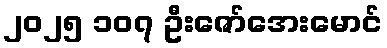
၂၀၂၅ ၁၀၇ ဦးဇော်အေးမောင်